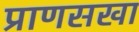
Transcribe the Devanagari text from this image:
प्राणसखा